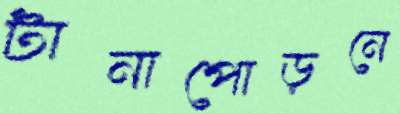
টানাপোড়নে